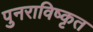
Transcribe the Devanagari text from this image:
पुनराविष्कृत